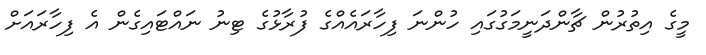
މީގެ އިތުރުން ޗާންދަނީމަގުގައި ހުންނަ ފިހާރައެއްގެ ފުރާޅުގެ ޓިނު ނައްޓައިގެން އެ ފިހާރައަށް